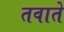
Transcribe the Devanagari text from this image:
तवाते